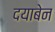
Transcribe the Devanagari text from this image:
दयाबेन